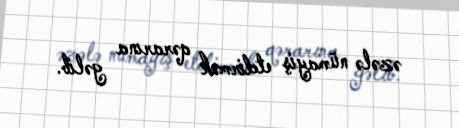
əzələ nümayiş etdirmək qərarına gəlib.